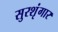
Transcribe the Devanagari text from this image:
सुरशृंगार